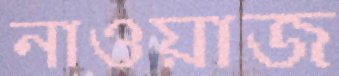
নাওয়াজ